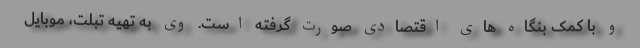
و با کمک بنگاه های اقتصادی صورت گرفته است. وی به تهیه تبلت، موبایل